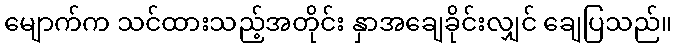
မျောက်က သင်ထားသည့်အတိုင်း နှာအချေခိုင်းလျှင် ချေပြသည်။